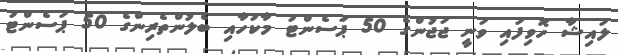
ލައިޝާ ހޮވިފައި ވަނީ ޖަޖުންގެ 50 ޕަސެންޓު މާކުހާއި ބެލުންތެރިންގެ 50 ޕަސެންޓު